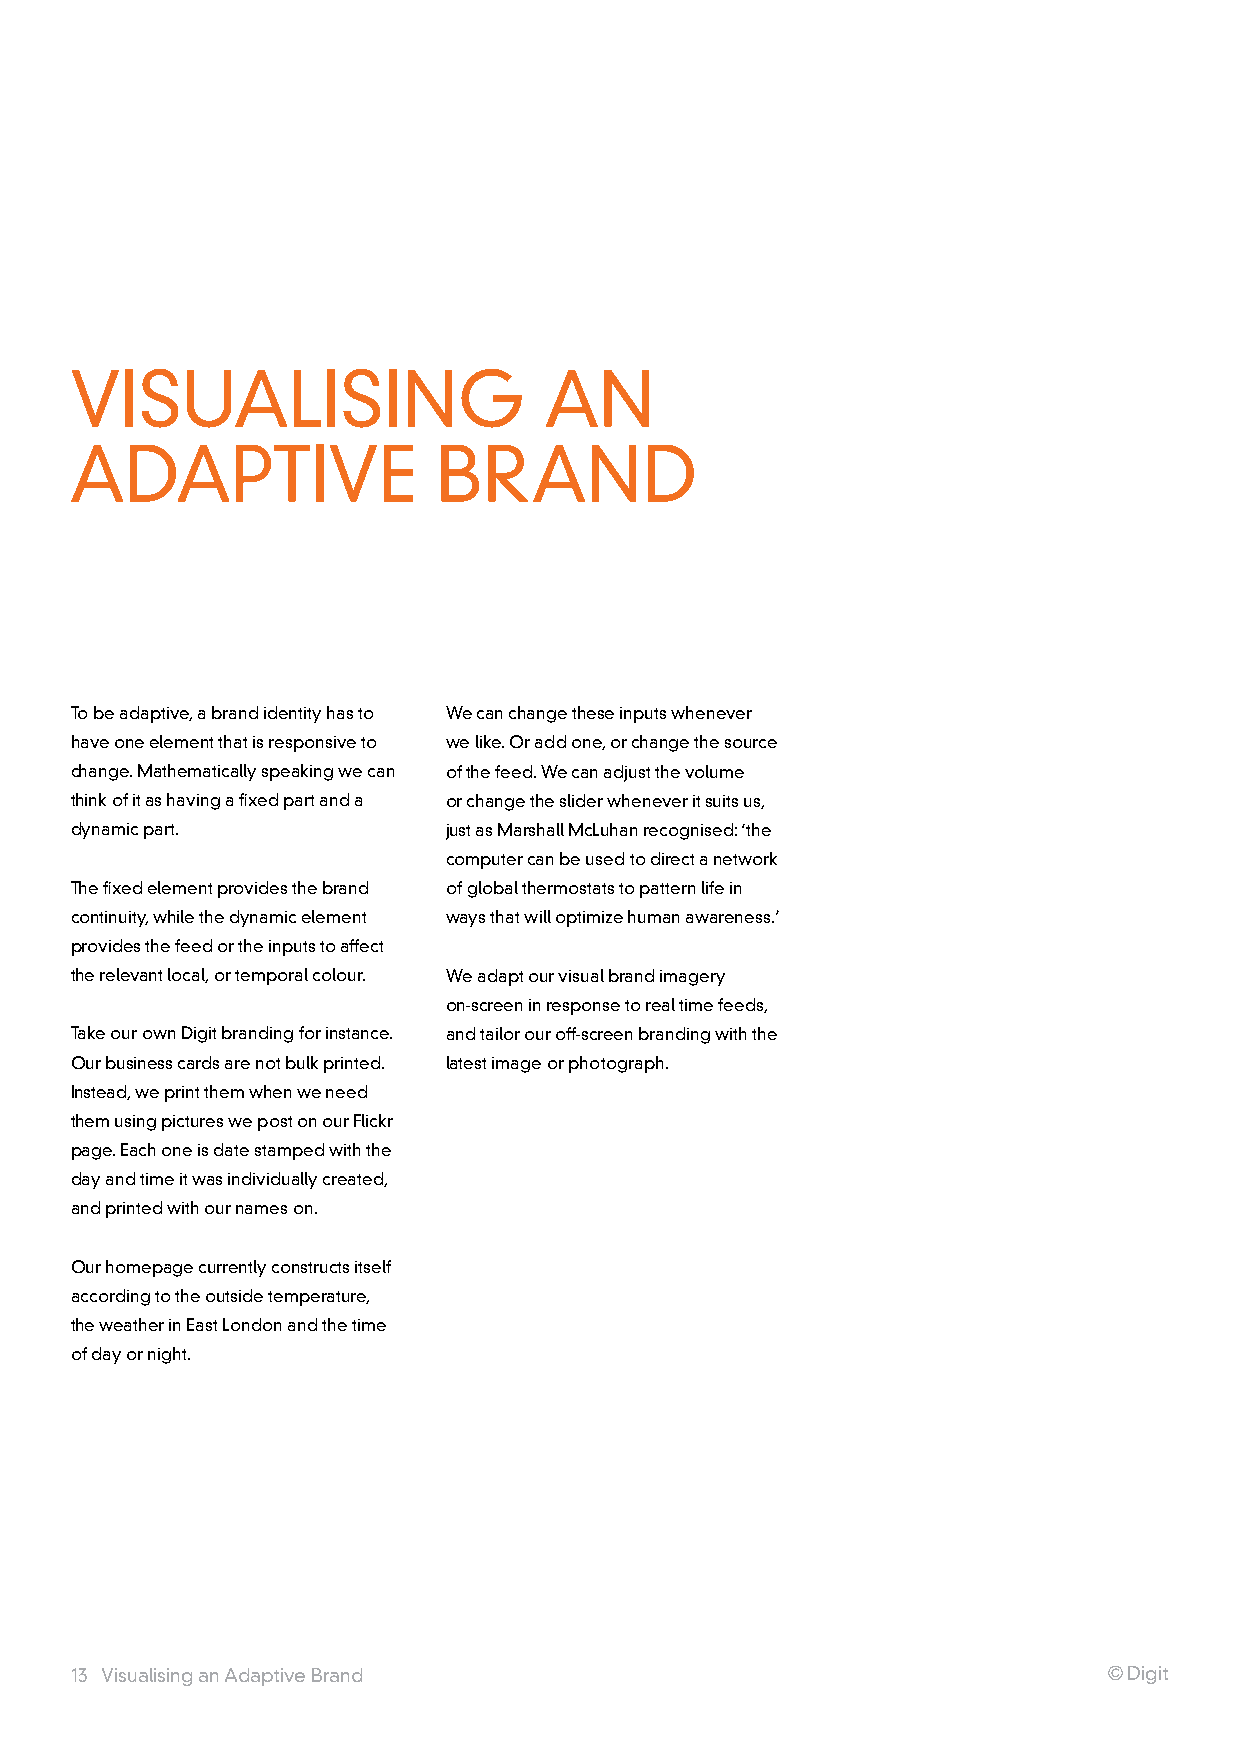
VISuaLISInG                    an
 aDapTIVE                BranD
 To be adaptive, a brand identity has to we can change these inputs whenever
 have one element that is responsive to we like. Or add one, or change the source
 change. Mathematically speaking we can of the feed. we can adjust the volume
 think of it as having a fixed part and a or change the slider whenever it suits us,
 dynamic part.           just as Marshall McLuhan recognised: ‘the
 computer can be used to direct a network
 The fixed element provides the brand of global thermostats to pattern life in
 continuity, while the dynamic element ways that will optimize human awareness.’
 provides the feed or the inputs to affect
 the relevant local, or temporal colour. we adapt our visual brand imagery
 on-screen in response to real time feeds,
 Take our own Digit branding for instance. and tailor our off-screen branding with the
 Our business cards are not bulk printed. latest image or photograph.
 Instead, we print them when we need
 them using pictures we post on our Flickr
 page. Each one is date stamped with the
 day and time it was individually created,
 and printed with our names on.
 Our homepage currently constructs itself
 according to the outside temperature,
 the weather in East London and the time
 of day or night.
 13 Visualising an adaptive Brand                                    © Digit